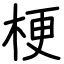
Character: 梗